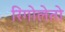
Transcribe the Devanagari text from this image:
रिगोलेतो